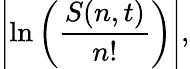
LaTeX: \left|\ln\left({\frac{S(n,t)}{n!}}\right)\right|,